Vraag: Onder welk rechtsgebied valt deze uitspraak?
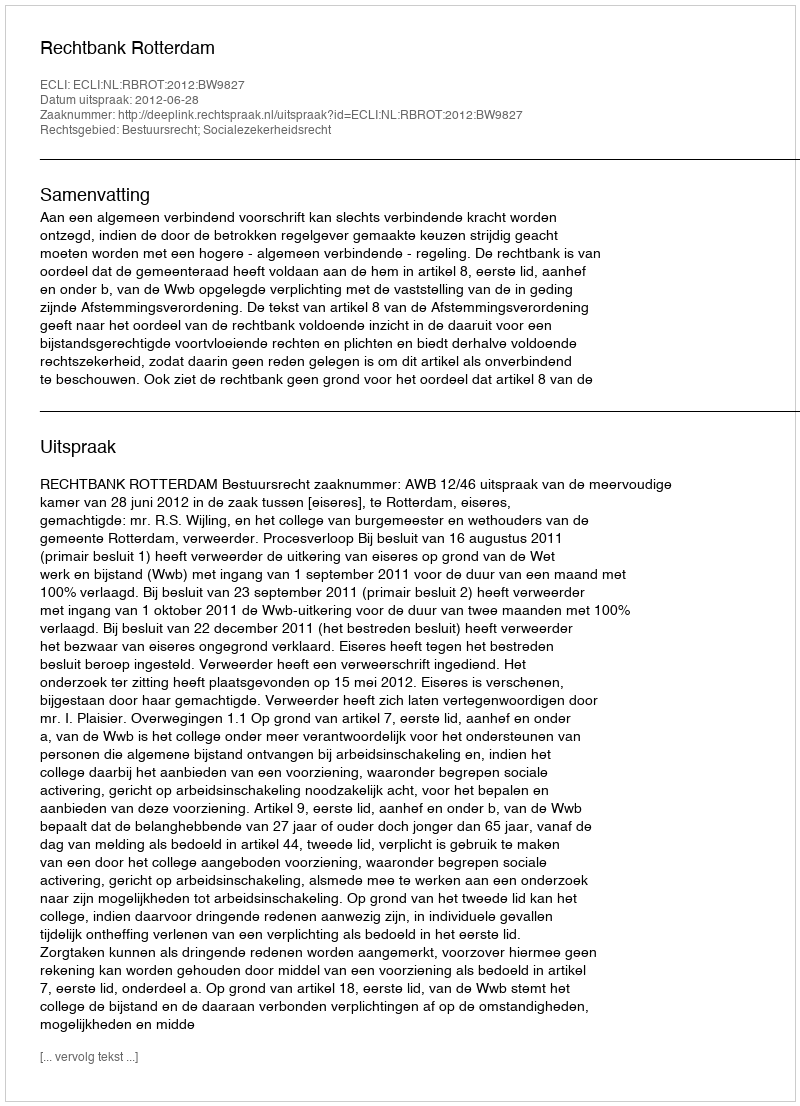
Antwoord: Bestuursrecht; Socialezekerheidsrecht